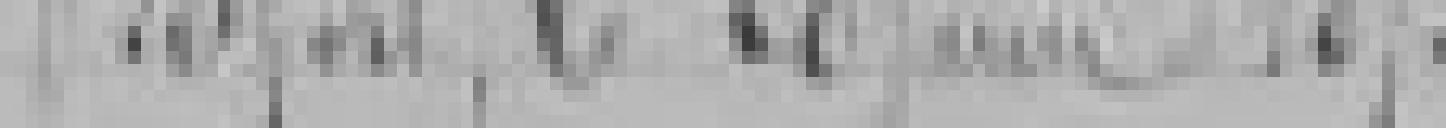
Belfort le 28 juin, 1873